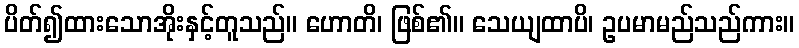
ပိတ်၍ထားသောအိုးနှင့်တူသည်။ ဟောတိ၊ ဖြစ်၏။ သေယျထာပိ၊ ဥပမာမည်သည်ကား။